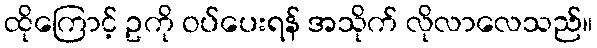
ထိုကြောင့် ဥကို ဝပ်ပေးရန် အသိုက် လိုလာလေသည်။